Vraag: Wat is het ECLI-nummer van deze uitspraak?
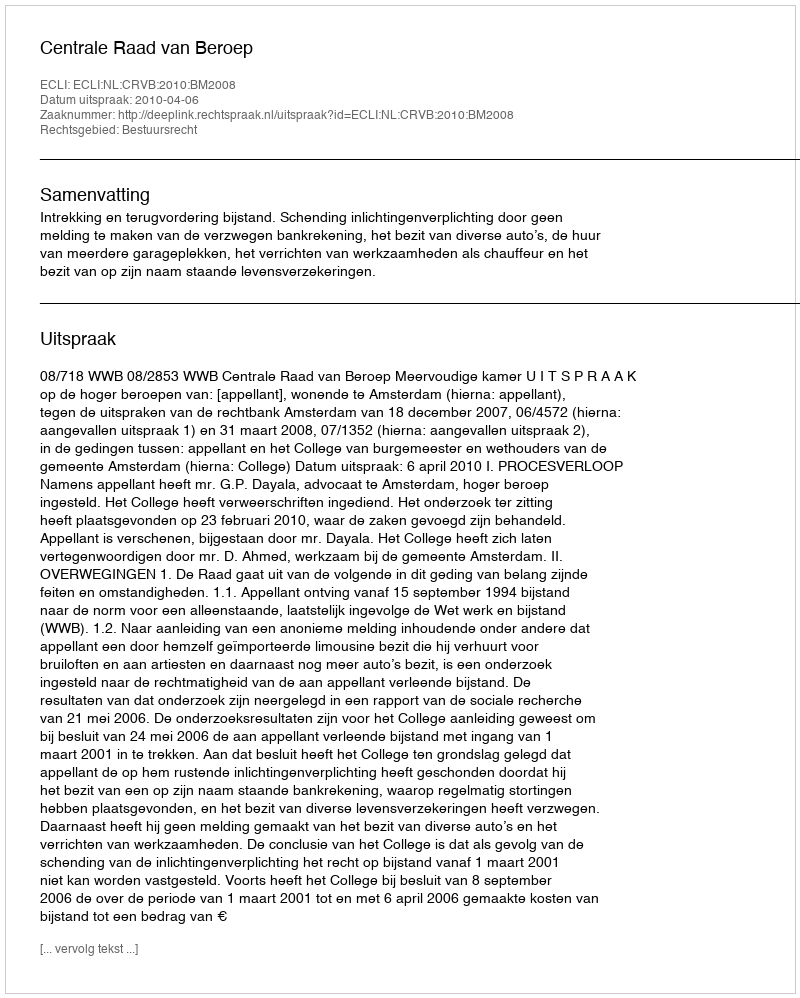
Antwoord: ECLI:NL:CRVB:2010:BM2008